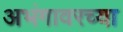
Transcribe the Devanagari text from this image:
अभंगावरच्या